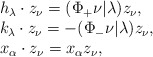
\begin{align*}\begin{array}{l}h_\lambda\cdot z_\nu={(\Phi_+\nu| \lambda)}z_\nu, \\ k_\lambda\cdot z_\nu={-(\Phi_-\nu|\lambda)}z_\nu,\\x_\alpha\cdot z_\nu=x_\alpha z_\nu,\end{array}\end{align*}